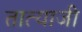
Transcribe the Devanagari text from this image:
तात्याजी